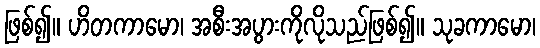
ဖြစ်၍။ ဟိတကာမော၊ အစီးအပွားကိုလိုသည်ဖြစ်၍။ သုခကာမော၊